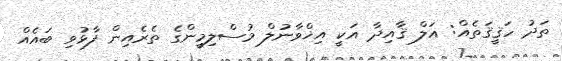
ތަދު ހަޤީޤަތެއް: އަލް ޤާއިދާ އަކީ އިޚްވާނުލް މުސްލިމީންގެ ތެރެއިން ފާޅުވި ބައެއް